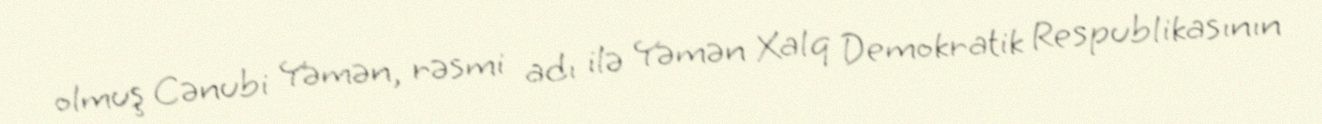
olmuş Cənubi Yəmən, rəsmi adı ilə Yəmən Xalq Demokratik Respublikasının